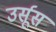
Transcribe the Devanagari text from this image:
उर्सूस